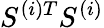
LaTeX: S^{(i)T}S^{(i)}